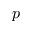
p